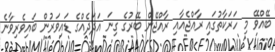
ބޭއްވޭ މި ހަރަކާތުގައި ރާއްޖެއާއި ރާއްޖޭން ބޭރުގެ ގިނަ އަދަދެއްގެ ޑައިވަރުން ބައިވެރިވާނެ